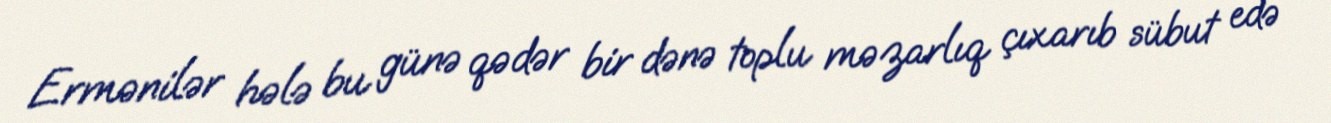
Ermənilər hələ bu günə qədər bir dənə toplu məzarlıq çıxarıb sübut edə